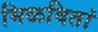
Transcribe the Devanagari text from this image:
मिळवितां